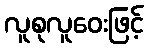
လူစုလူဝေးဖြင့်